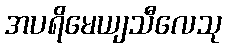
အပရိမေယျသီလေသု